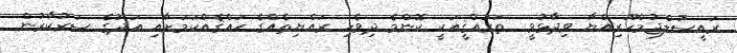
ރައީސުލްޖުމްހޫރިއްޔާ ވިދާޅުވީ  ތަރައްޤީއަކީ ކޮންމެ ދިވެހި ރައްޔިތެއްގެ ޙައްޤެއްކަމަށާއި އަދުގެ ސަރުކާރުން